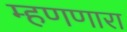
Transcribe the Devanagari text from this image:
म्हणणारा